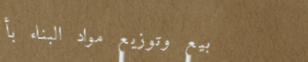
بيع وتوزيع مواد البناء بأ